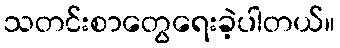
သတင်းစာတွေရေးခဲ့ပါတယ်။